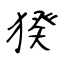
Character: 猤